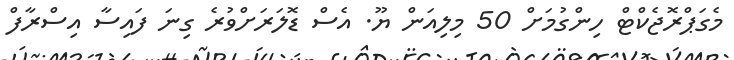
މެގަޕްރޮޖެކްޓް ހިންގުމަށް 50 މިލިއަން ޔޫ. އެސް ޑޮލަރަށްވުރެ ގިނަ ފައިސާ އިސްރާފް